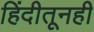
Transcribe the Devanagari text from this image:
हिंदीतूनही